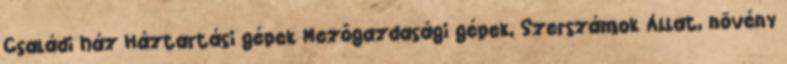
Családi ház Háztartási gépek Mezőgazdasági gépek, Szerszámok Állat, növény